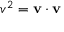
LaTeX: \textstyle v ^ { 2 } = \mathbf { v } \cdot \mathbf { v }